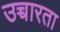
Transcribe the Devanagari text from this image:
उच्चारता